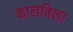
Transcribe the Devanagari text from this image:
कालविला